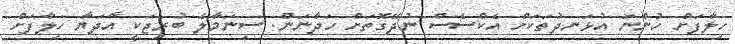
ހިލާފަށް ހުންނަ އުޅަނދުތަކަށް އެކްސެސް ނުދޭގޮތަށް ހަދާނަން. ސިނަމާލެ ބުރިޖަކީ އާދަޔާ ހިލާފަށް